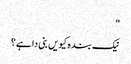
"
نیک بندہ کیویں بنی دا ہے؟